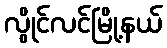
လွိုင်လင်မြို့နယ်